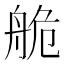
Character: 𦨹